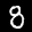
Label: 8